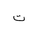
Letter: _ta